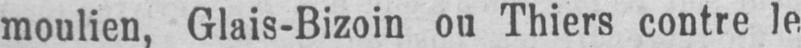
moulien, Glais-Bizoin on Thiers contre le